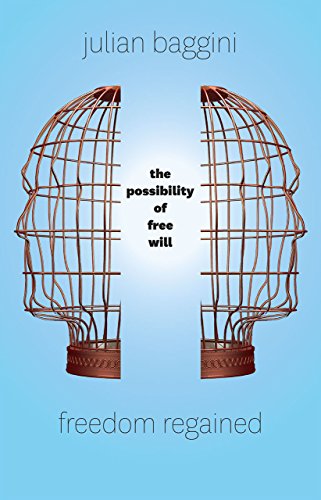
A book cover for Freedom Regained: The Possibility of Free Will; Julian Baggini; Politics & Social Sciences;